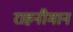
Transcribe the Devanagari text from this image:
राहनीमान